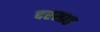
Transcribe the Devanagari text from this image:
दरसाह